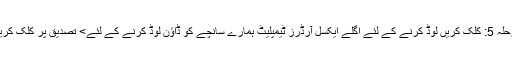
مرحلہ 5: کلک کریں لوڈ کرنے کے لئے اگلے ایکسل آرڈرز ٹیمپلیٹ ہمارے سانچے کو ڈاؤن لوڈ کرنے کے لئے> تصدیق پر کلک کریں۔